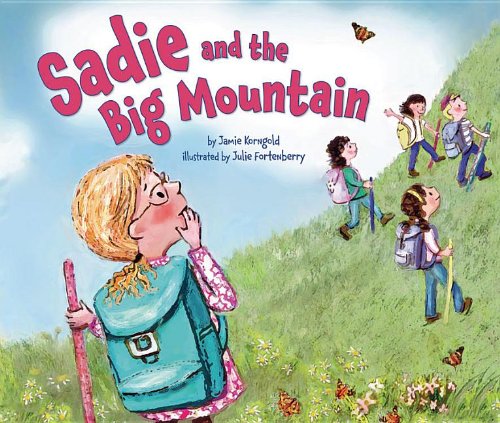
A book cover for Sadie and the Big Mountain (Lag BEEomer & Shavuot); Jamie S. Korngold; Children's Books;